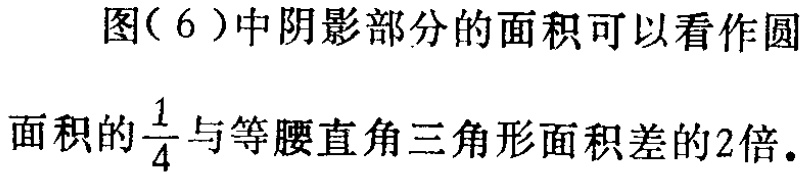
图(6)中阴影部分的面积可以看作圆面积的$\frac{1}{4}$与等腰直角三角形面积差的2倍.